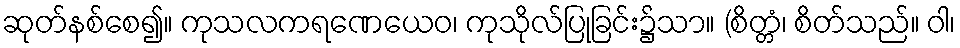
ဆုတ်နစ်စေ၍။ ကုသလကရဏေယေဝ၊ ကုသိုလ်ပြုခြင်း၌သာ။ (စိတ္တံ၊ စိတ်သည်။ ဝါ၊